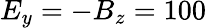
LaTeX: E_{y}=-B_{z}=100